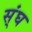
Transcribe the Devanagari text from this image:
स्ंघ